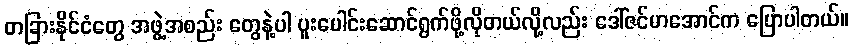
တခြားနိုင်ငံတွေ အဖွဲ့အစည်း တွေနဲ့ပါ ပူးပေါင်းဆောင်ရွက်ဖို့လိုတယ်လို့လည်း ဒေါ်ဇင်မာအောင်က ပြောပါတယ်။